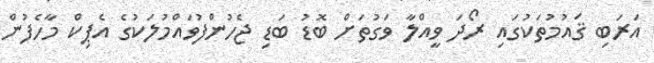
އަރަބި ޤައުމުތަކުގައި ރޯދަ ވީއްލާ ވަގުތަށް ބޮޑު ބަޑި ޖެހުންފުވައްމުލަކުގެ އެޕިކް މާހެފުން